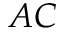
A C